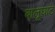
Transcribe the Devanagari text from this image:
बालूघाट